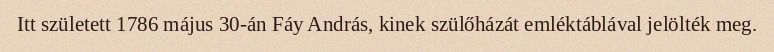
Itt született 1786 május 30-án Fáy András, kinek szülőházát emléktáblával jelölték meg.